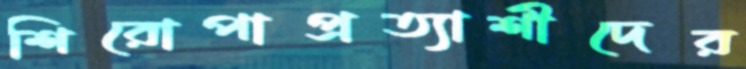
শিরোপাপ্রত্যাশীদের